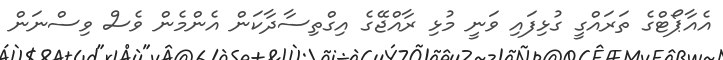
އެއާޕޯޓްގެ ތަރައްގީ ގުޅިފައި ވަނީ މުޅި ރާއްޖޭގެ އިގްތިސާދާކަން އެންމެން ވެސް ވިސްނަން